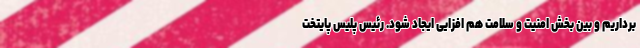
برداریم و بین بخش امنیت و سلامت هم افزایی ایجاد شود. رئیس پلیس پایتخت